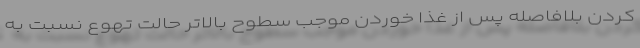
کردن بلافاصله پس از غذا خوردن موجب سطوح بالاتر حالت تهوع نسبت به